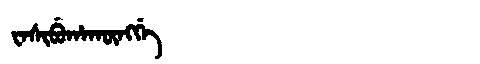
Manchu: ᠸᠠᠰᡳᠪᡠᡥᠠᡴᡡᠩᡤᡝ
Romanization: WASIBUHAKŪNGGE